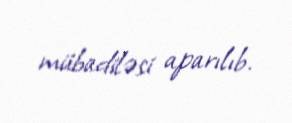
mübadiləsi aparılıb.